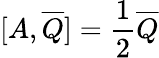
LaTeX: [A,{\overline{{Q}}}]={\frac{1}{2}}{\overline{{Q}}}